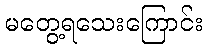
မတွေ့ရသေးကြောင်း